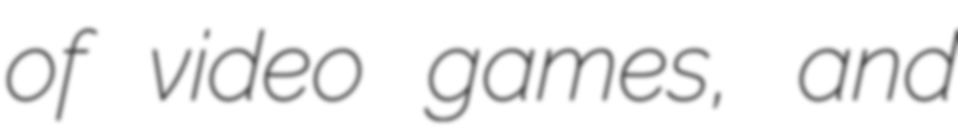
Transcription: of video games, and